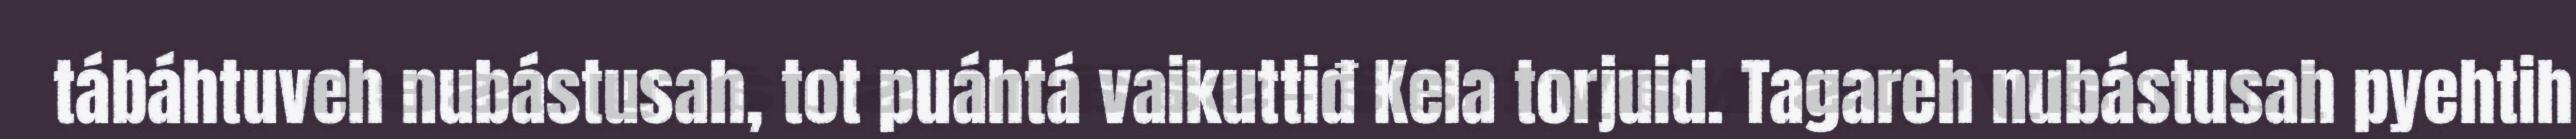
tábáhtuveh nubástusah, tot puáhtá vaikuttiđ Kela torjuid. Tagareh nubástusah pyehtih